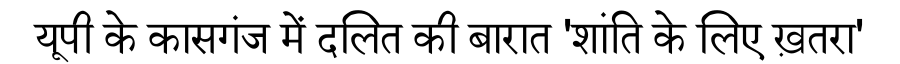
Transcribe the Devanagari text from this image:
यूपी के कासगंज में दलित की बारात 'शांति के लिए ख़तरा'